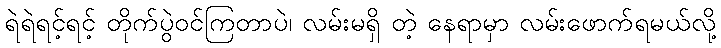
ရဲရဲရင့်ရင့် တိုက်ပွဲဝင်ကြတာပဲ၊ လမ်းမရှိ တဲ့ နေရာမှာ လမ်းဖောက်ရမယ်လို့